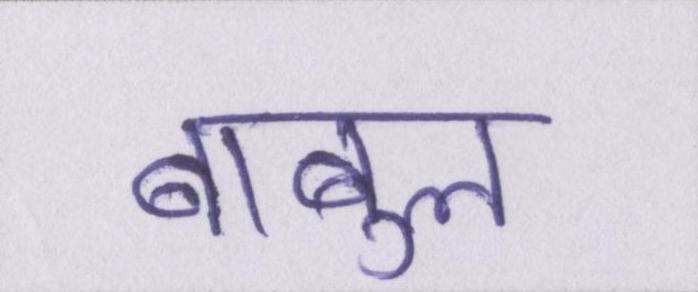
बाबुल